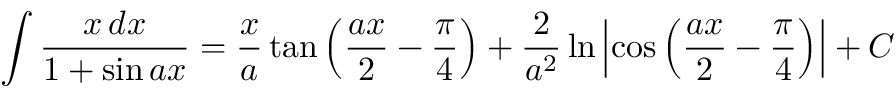
\int { \frac { x \, d x } { 1 + \sin a x } } = { \frac { x } { a } } \tan \left( { \frac { a x } { 2 } } - { \frac { \pi } { 4 } } \right) + { \frac { 2 } { a ^ { 2 } } } \ln \left| \cos \left( { \frac { a x } { 2 } } - { \frac { \pi } { 4 } } \right) \right| + C